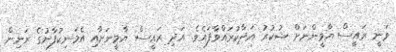
ވަނީ ރައީސް ޔާމީންނަށް ޝުކުރު އަދާކުރައްވާފައެވެ. އަދި ރައީސް ޔާމީނަށާއި އެމަނިކުފާނުގެ ރަނިން